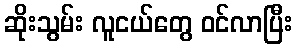
ဆိုးသွမ်း လူငယ်တွေ ဝင်လာပြီး